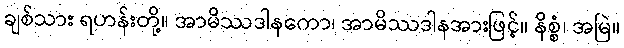
ချစ်သား ရဟန်းတို့။ အာမိဿဒါနကော၊ အာမိဿဒါနအားဖြင့်။ နိစ္စံ၊ အမြဲ။